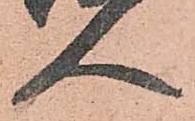
人